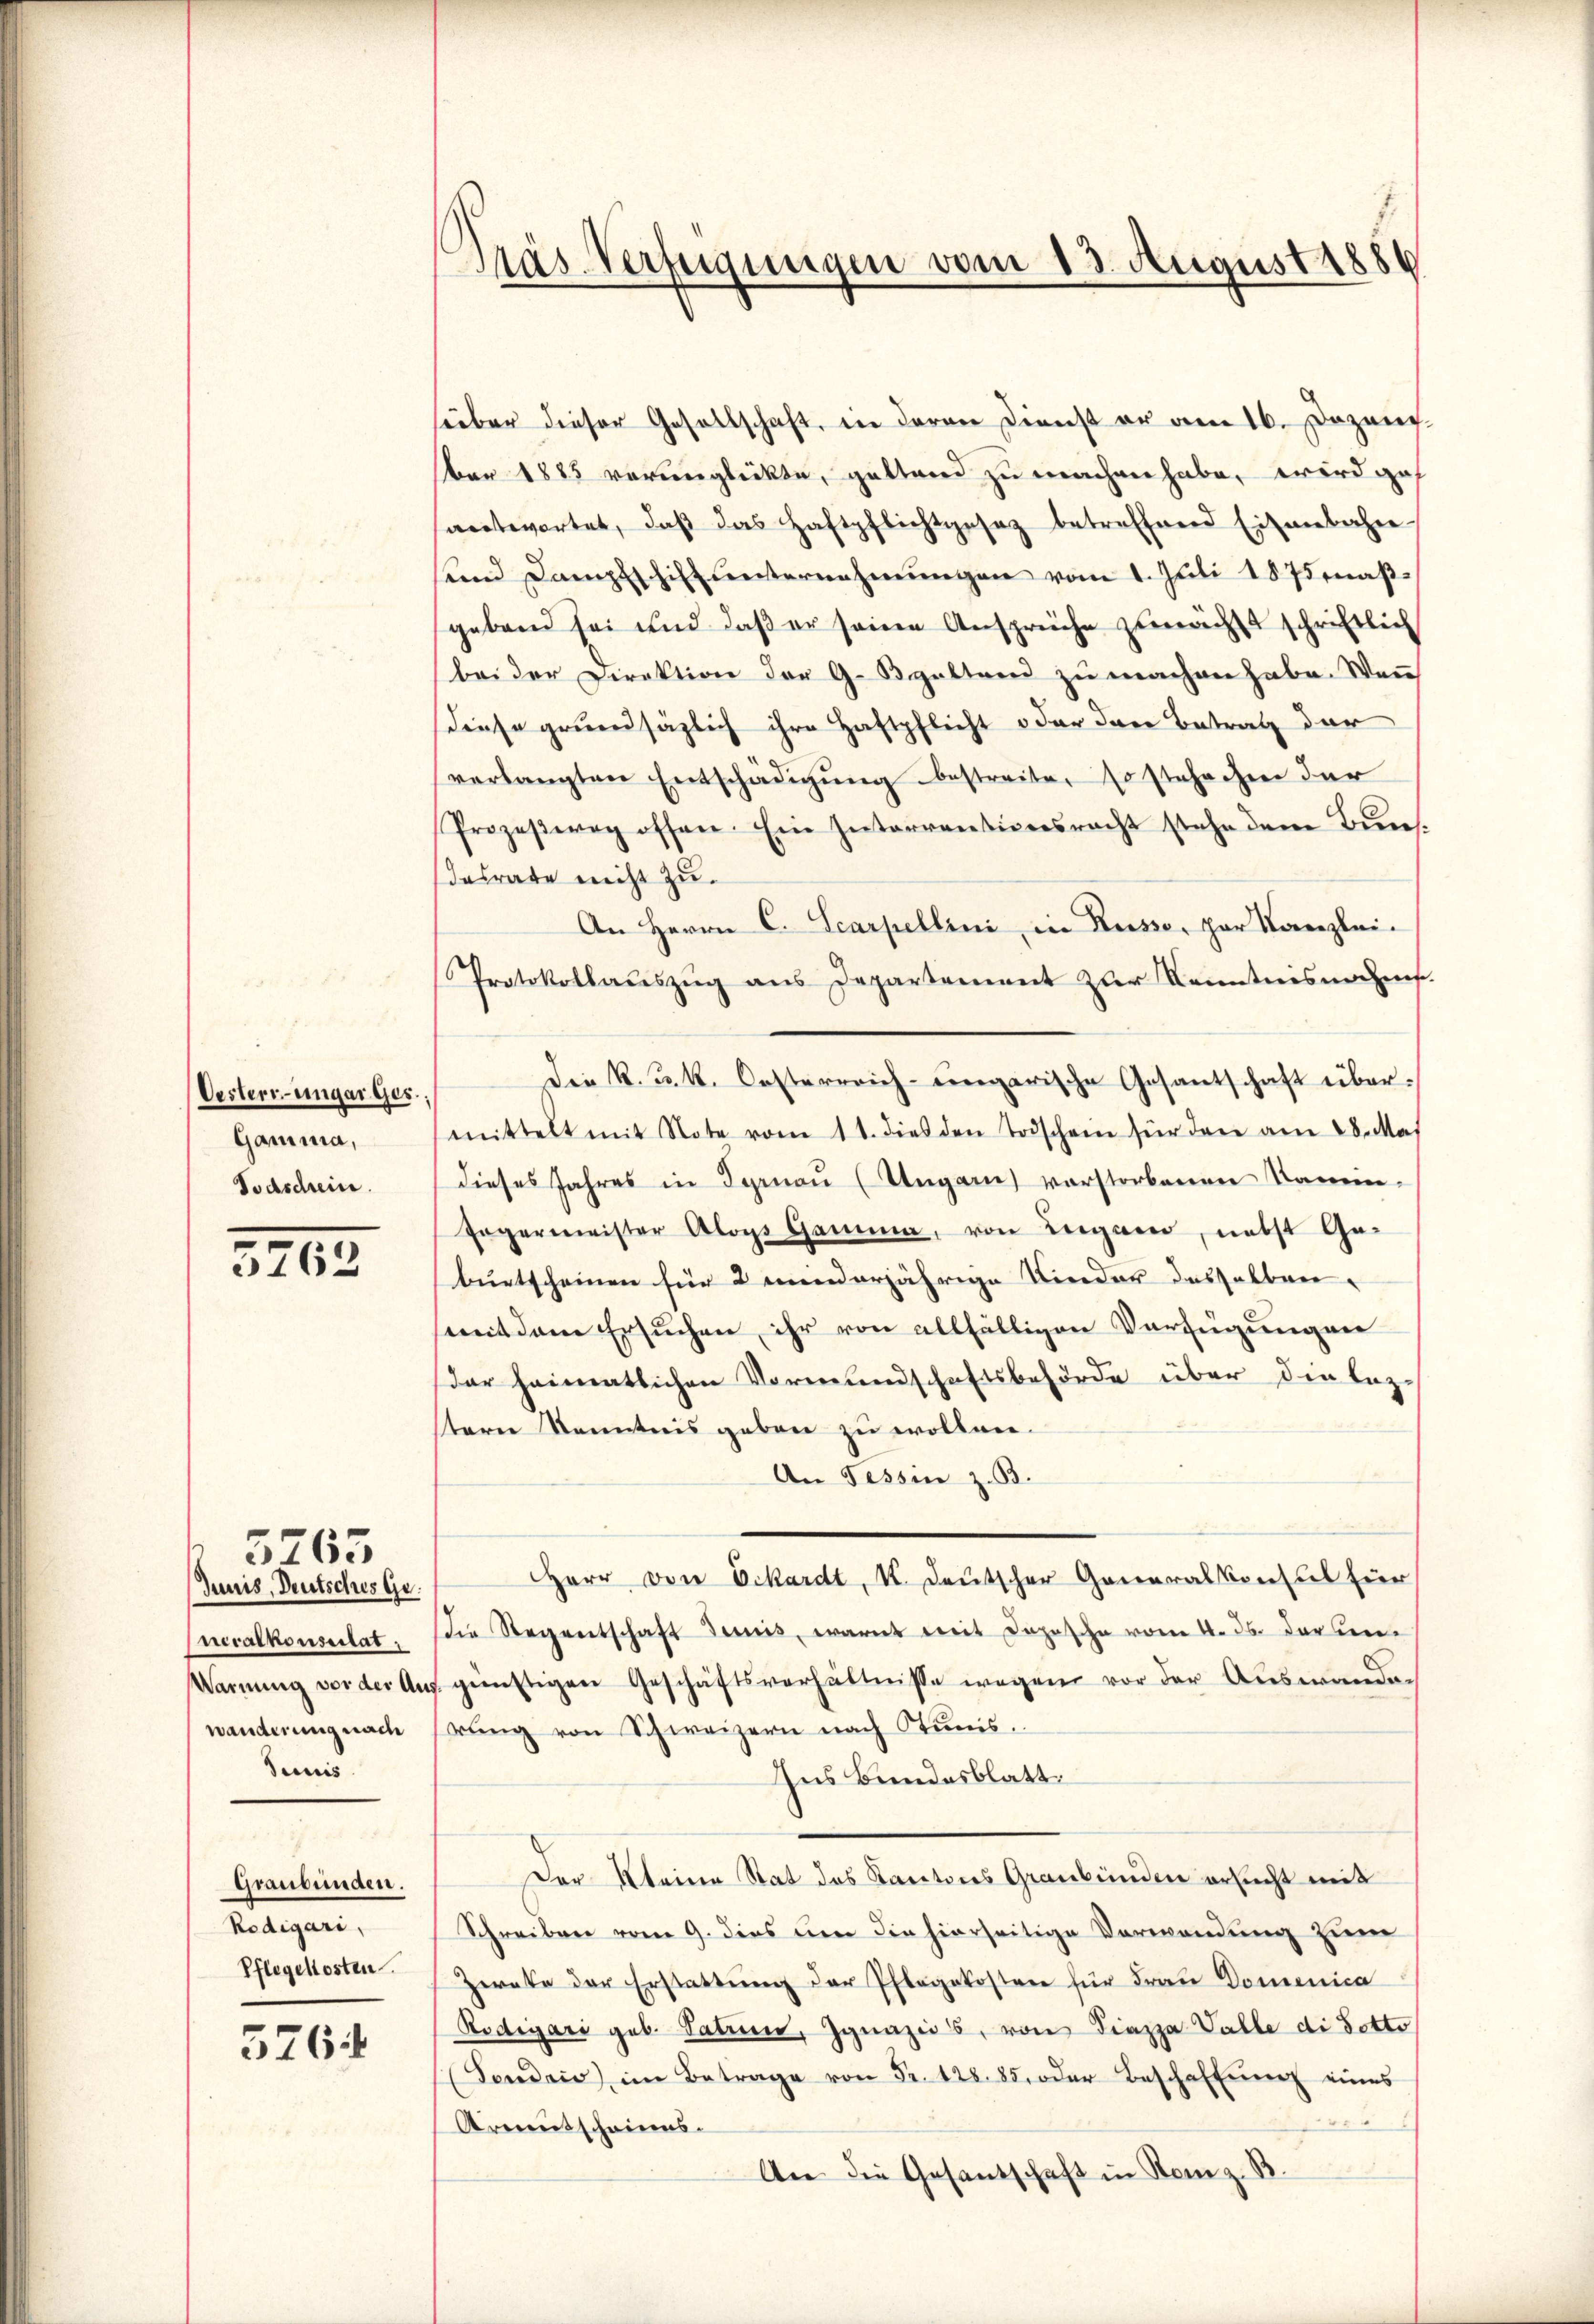
Oesterr. ungarges.,
Gamma,
Todschein.

321

Junis, Deutschus Gr.
Warnung vor der Aus¬
Denis

5265

Graubünden.
Rodigari,
Pflegellosten

576

¬
Pras-Verfügungen vom 13. August 1886

über dieser Gesellschaft, in deren Dienst er am 16. Dezen.
Bar 1883 verunglückte, gestand zu machen habe, wird gef
santwortet, daβ das Haftpflichtgesez betreffend Eisenbahne
und Dampfschilt unternehmungen vom 1. Juli 1875 maßgebend sei und daß er seine Ansprüche zunächst schriftlich
bei der Direktion der G. Balten zŭ machen habe. Wenn
diese grundsäzlich ihre Haftpflicht oder den Betrag der
verlangten Entschädigŭng bestreite, so stehechen der
Prozeβwag offen. Ein Interrentionsrecht stehe dem Bŭn
desrate nicht zu.
An Herrn C. Scarpellini in Russe, par Kanzlei-
Protokollaŭszŭg ans Departement zur Kenntnisnahms
Die k. u. k. Oesterreich-ungarische Gesantschaft übermittelt mit Note vom 11. dies den Todschein für den am 28. Mai
dieses Jahres in Ignau (Ungarn verstorbenen Samm¬
Frgermeister Aloys Gamma, von Lugano, nebst Geburtscheinen für 2 minderjährige Kinder desselben
mit dem Ersuchen, ihr von allfälligen Verfügungen
dar heimatlichen Vormundschaftsbehörde über die lezstern Kenntnis geben zu wollen.
An Tessin z. B.
Herr von Vikardt, I. Deutscher Generalkonsul für
Eneralkonsulat, die Regentschaft Junis, wart mit Copische vom 4. ds. darum
günstigen Geschäftsverhältnisse wegen vor der Auswanden
wänderung nach Errung von Schweizern nach Stunis.
Ins Bundesblatt.
Der Kleine Stat des Kantons Graubünden ersucht mit
Schreiben vom 9. dies um die hierseitige Verwendung zum
Zwate der Erstattung der Pflegekosten für Frau Domenica
Rodigari geb. Patien, Ignazios, von Fiazza Valle di dotto
(Feudais im Betrage von Fr. 128. 85. oder Beschaffŭng eines
Armentscheines.
An die Gesandschaft in Rom z. B.